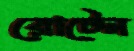
রোটেন